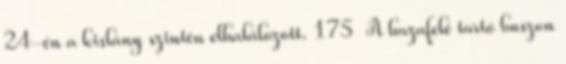
24-én a kislány szintén elhalálozott. 175 A hazafelé tartó buszon